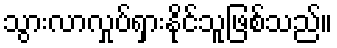
သွားလာလှုပ်ရှားနိုင်သူဖြစ်သည်။